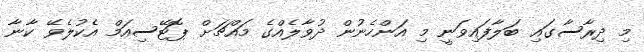
މި ދިރާސާގައި ބަލާފައިވަނީ މި އަންހެނުން ދުވާލެއްގެ މައްޗަށް ޕޮޓޭސިއަމް އެކުލެވޭ ކާނާ